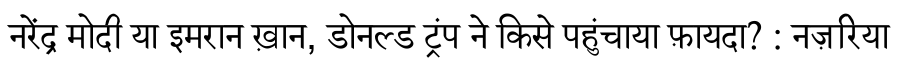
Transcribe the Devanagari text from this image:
नरेंद्र मोदी या इमरान ख़ान, डोनल्ड ट्रंप ने किसे पहुंचाया फ़ायदा? : नज़रिया